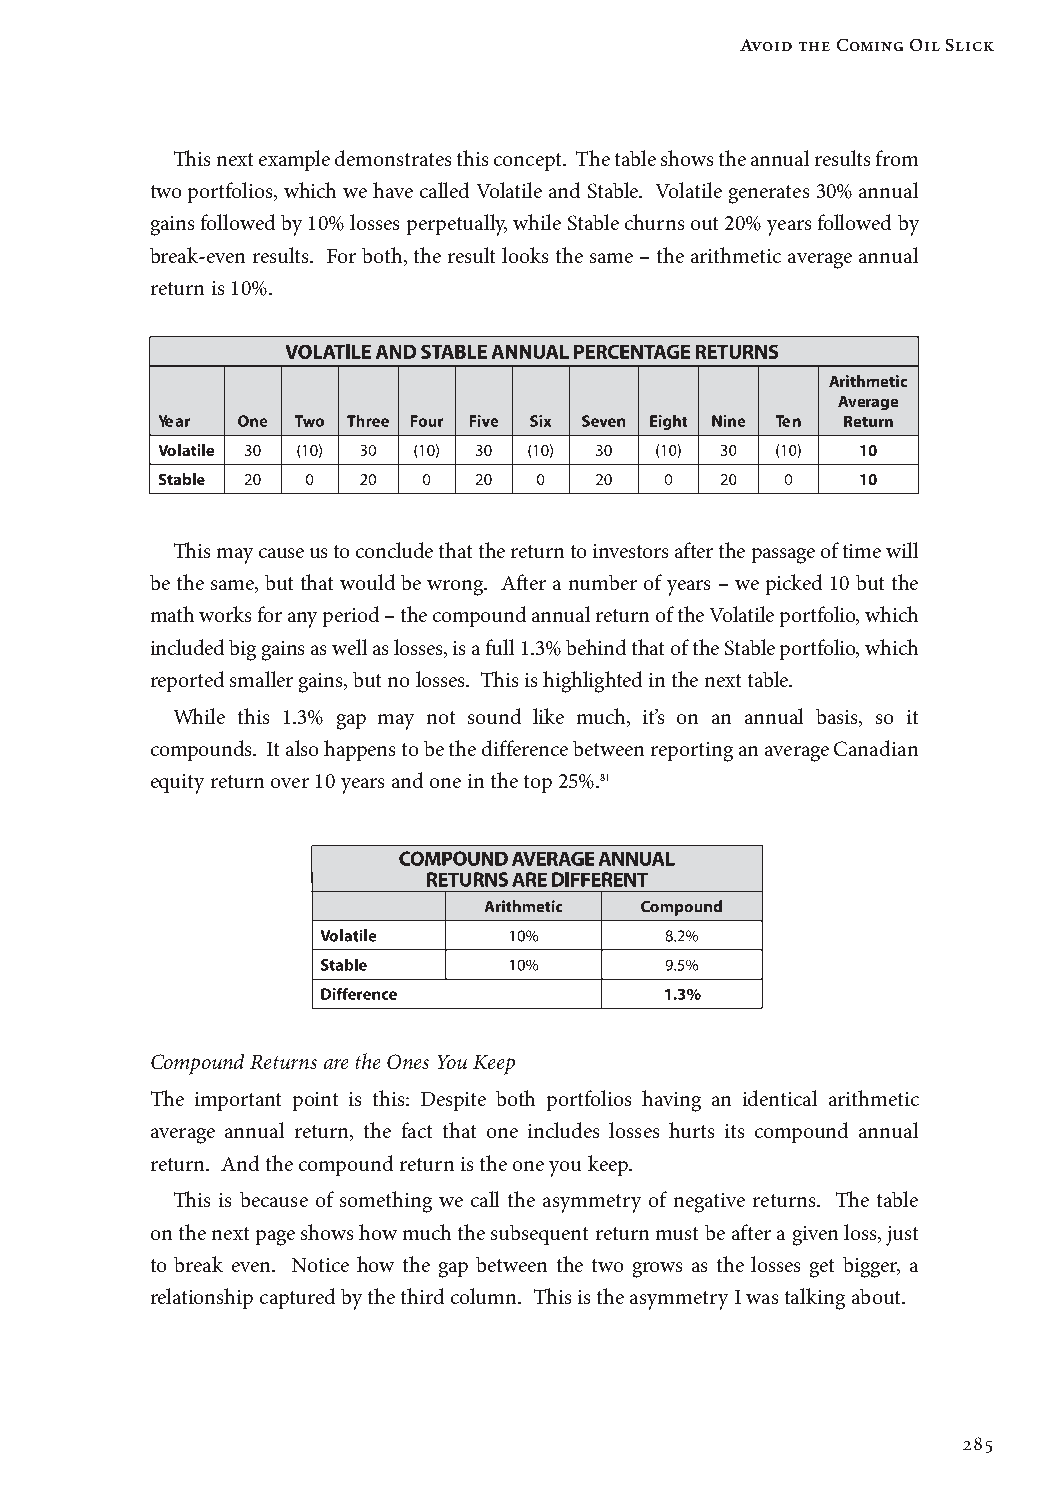
Avoid the Coming Oil Slick
 This next example demonstrates this concept. The table shows the annual results from
 two portfolios, which we have called Volatile and Stable. Volatile generates 30% annual
 gains followed by 10% losses perpetually, while Stable churns out 20% years followed by
 break-even results. For both, the result looks the same – the arithmetic average annual
 return is 10%.
 Arithmetic
 Average
 Return
 10
 10
 This may cause us to conclude that the return to investors after the passage of time will
 be the same, but that would be wrong. After a number of years – we picked 10 but the
 math works for any period – the compound annual return of the Volatile portfolio, which
 included big gains as well as losses, is a full 1.3% behind that of the Stable portfolio, which
 reported smaller gains, but no losses. This is highlighted in the next table.
 While this 1.3% gap may not sound like much, it’s on an annual basis, so it
 compounds. It also happens to be the difference between reporting an average Canadian
 equity return over 10 years and one in the top 25%.81
 Compound Returns are the Ones You Keep
 The important point is this: Despite both portfolios having an identical arithmetic
 average annual return, the fact that one includes losses hurts its compound annual
 return. And the compound return is the one you keep.
 This is because of something we call the asymmetry of negative returns. The table
 on the next page shows how much the subsequent return must be after a given loss, just
 to break even. Notice how the gap between the two grows as the losses get bigger, a
 relationship captured by the third column. This is the asymmetry I was talking about.
 285